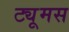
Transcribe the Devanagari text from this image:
ट्यूमस